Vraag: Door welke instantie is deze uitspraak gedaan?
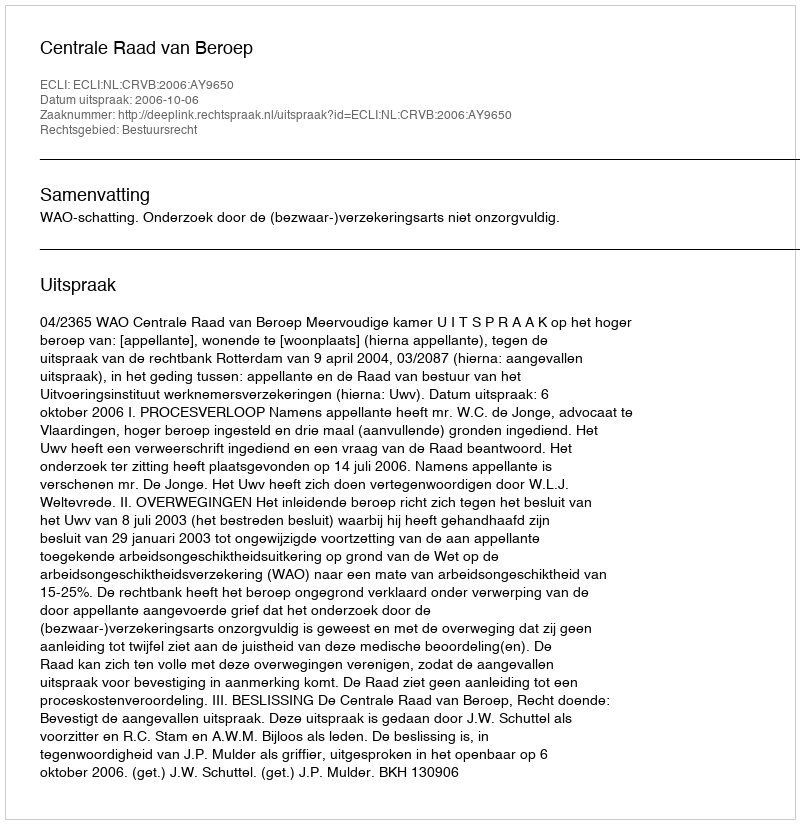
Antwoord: Centrale Raad van Beroep